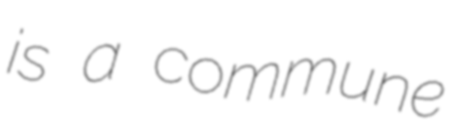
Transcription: is a commune